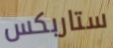
ستاربكس